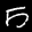
Label: 5